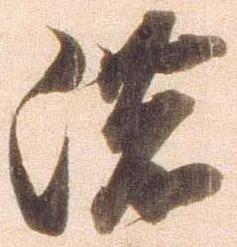
濃